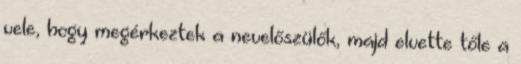
vele, hogy megérkeztek a nevelőszülők, majd elvette tőle a